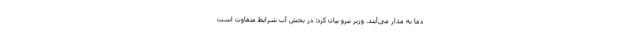
دما به مدار می‌آیند. وزیر نیرو بیان کرد: در بخش آب شرایط متفاوت است